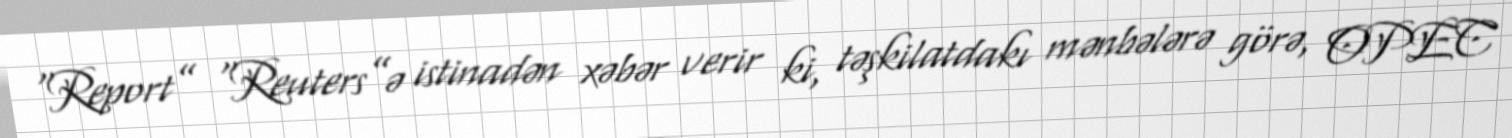
“Report” “Reuters”ə istinadən xəbər verir ki, təşkilatdakı mənbələrə görə, OPEC